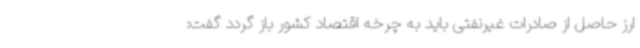
ارز حاصل از صادرات غیرنفتی باید به چرخه اقتصاد کشور باز گردد گفت: